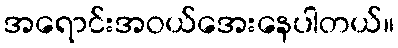
အရောင်းအဝယ်အေးနေပါတယ်။